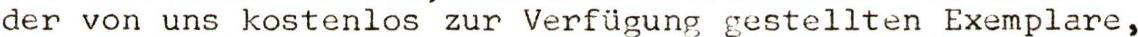
der von uns kostenlos zur Verfügung gestellten Exemplare,